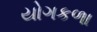
યોગકળા